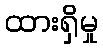
ထားရှိမှု